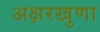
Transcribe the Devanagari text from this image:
अक्षरखुणा